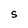
Character: S